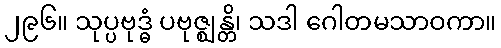
၂၉၆။ သုပ္ပဗုဒ္ဓံ ပဗုဇ္ဈန္တိ၊ သဒါ ဂေါတမသာဝကာ။